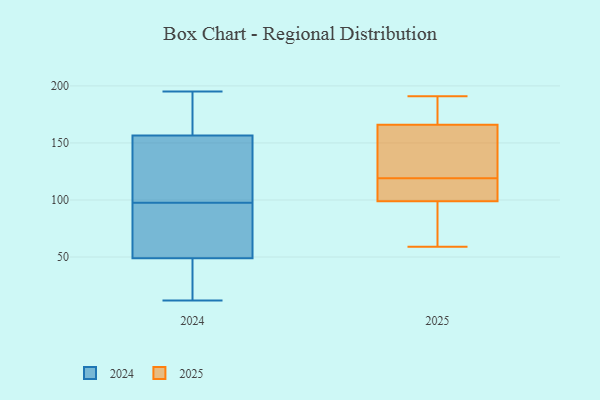
{"axis": {"x": "Active Users", "y": "Value"}, "legend": ["2024", "2025"], "data": [{"x": "", "y": 83, "type": "2025"}, {"x": "", "y": 191, "type": "2025"}, {"x": "", "y": 144, "type": "2025"}, {"x": "", "y": 82, "type": "2025"}, {"x": "", "y": 115, "type": "2025"}, {"x": "", "y": 177, "type": "2025"}, {"x": "", "y": 87, "type": "2025"}, {"x": "", "y": 182, "type": "2025"}, {"x": "", "y": 157, "type": "2025"}, {"x": "", "y": 99, "type": "2025"}, {"x": "", "y": 104, "type": "2025"}, {"x": "", "y": 116, "type": "2025"}, {"x": "", "y": 166, "type": "2025"}, {"x": "", "y": 59, "type": "2025"}, {"x": "", "y": 181, "type": "2025"}, {"x": "", "y": 122, "type": "2025"}, {"x": "", "y": 139, "type": "2025"}, {"x": "", "y": 100, "type": "2025"}, {"x": "", "y": 39, "type": "2024"}, {"x": "", "y": 155, "type": "2024"}, {"x": "", "y": 144, "type": "2024"}, {"x": "", "y": 176, "type": "2024"}, {"x": "", "y": 167, "type": "2024"}, {"x": "", "y": 111, "type": "2024"}, {"x": "", "y": 182, "type": "2024"}, {"x": "", "y": 40, "type": "2024"}, {"x": "", "y": 80, "type": "2024"}, {"x": "", "y": 27, "type": "2024"}, {"x": "", "y": 195, "type": "2024"}, {"x": "", "y": 158, "type": "2024"}, {"x": "", "y": 61, "type": "2024"}, {"x": "", "y": 14, "type": "2024"}, {"x": "", "y": 133, "type": "2024"}, {"x": "", "y": 58, "type": "2024"}, {"x": "", "y": 155, "type": "2024"}, {"x": "", "y": 84, "type": "2024"}, {"x": "", "y": 65, "type": "2024"}, {"x": "", "y": 12, "type": "2024"}]}